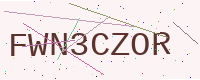
Text: FWN3CZOR